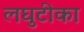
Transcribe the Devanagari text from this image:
लघुटीका